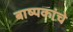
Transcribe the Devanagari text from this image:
बाष्पकांचे